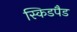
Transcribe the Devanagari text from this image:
स्किडपैड